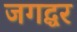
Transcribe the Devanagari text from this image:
जगद्घर